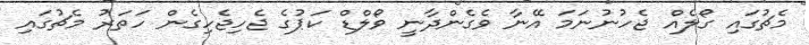
މެޗުގައި ގޯލެއް ޖެހުނުނަމަ އޭނާ ވެގެންދާނީ ވޯލްޑް ކަޕުގެ ޖެހިޖެހިގެން ހަތަރު މެޗުގައި